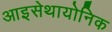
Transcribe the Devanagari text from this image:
आइसेथायोनिक